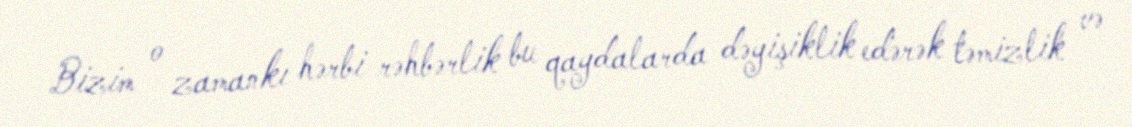
Bizim o zamankı hərbi rəhbərlik bu qaydalarda dəyişiklik edərək təmizlik və